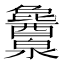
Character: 𬉱